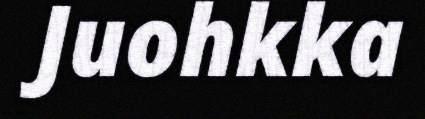
Juohkka